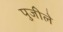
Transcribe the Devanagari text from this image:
पुजीले